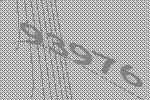
93976